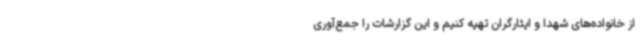
از خانواده‌های شهدا و ایثارگران تهیه کنیم و این گزارشات را جمع‌آوری